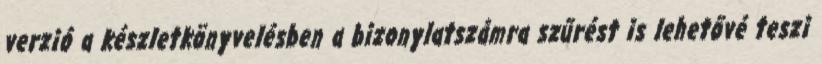
verzió a készletkönyvelésben a bizonylatszámra szűrést is lehetővé teszi